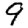
Digit: 9